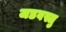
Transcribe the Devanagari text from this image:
जडवस्तु